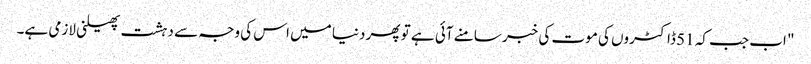
" اب جب کہ 51 ڈاکٹروں کی موت کی خبر سامنے آئی ہے تو پھر دنیا میں اس کی وجہ سے دہشت پھیلنی لازمی ہے۔